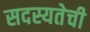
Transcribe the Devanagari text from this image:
सदस्यतेची